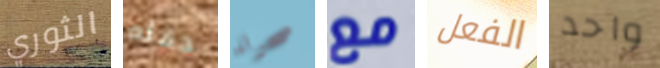
الثوري حفله صحراء مع الفعل واحد